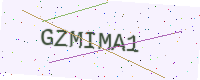
Text: GZMIMA1